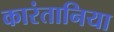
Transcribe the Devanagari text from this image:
कारंतानिया